Report on horse surra - Volume I
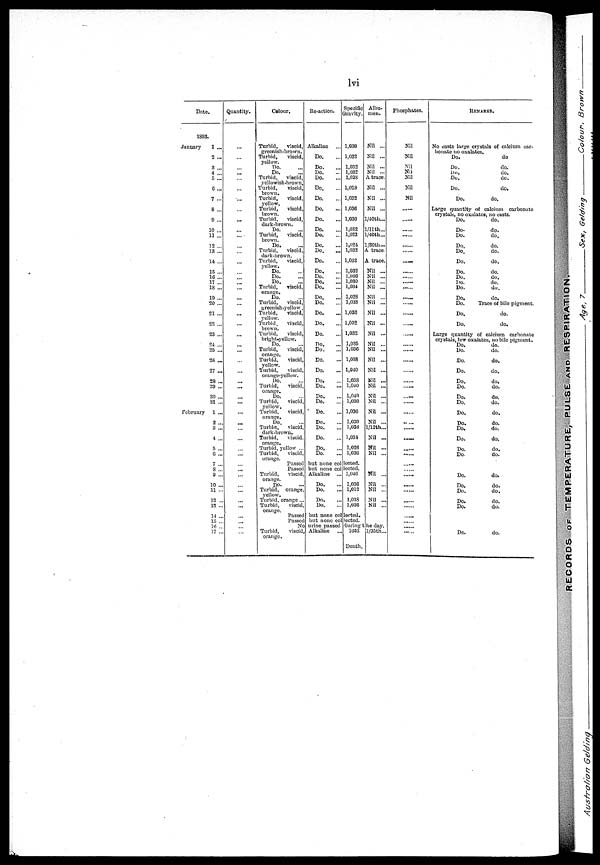
lvi
Date.
1803.
January
1 ...
2 ...
3 ...
4 ...
5 ...
6 ...
7 ...
8 ...
9 ...
10 ...
11 ...
12 ...
13 ...
14. ...
15 ...
16 ...
17 ...
18 ....
19 ...
20 ...
21 ...
22 ...
23 ...
24 ...
25 ...
28 ...
27 ...
28 ...
29 ...
30 ...
31 ...
February
1 ...
2 ...
3 ...
4 ...
5 ...
6 ...
7 ...
8 ...
9 ...
10 ...
11 ...
12 ...
13 ...
14 ...
15 ...
16 ...
17 ...
Quantity.
...
...
... ...
...
...
...
...
...
...
...
...
...
...
...
...
... ...
...
...
...
...
...
...
...
...
...
...
...
...
...
...
...
...
...
...
...
...
...
... ...
...
...
...
...
...
...
Colour,
Turbid,
viscid,
greenish-brown.
Turbid,
viscid,
yellow.
Do. ...
Do.
Turbid,
viscid,
yellowish-brown.
Turbid,
viscid,
brown.
Turbid,
viscid,
yellow.
Turbid,
viscid,
brown.
Turbid,
viscid,
dark-brown.
Do.
Turbid,
viscid,
brown.
Do.
Turbid,
viscid,
dark-brown.
Turbid,
viscid,
yellow.
Do.
Do.
Do.
Turbid,
viscid,
orange.
Do.
Turbid,
viscid,
greenish-yellow.
Turbid,
viscid,
yellow.
Turbid.
viscid,
brown.
Turbid,
viscid,
bright-yellow.
Do.
Turbid,
viscid,
orange.
Turbid,
viscid,
yellow.
Turbid,
viscid,
orange-yellow.
Do.
Turbid,
viscid,
orange.
Do.
Turbid,
viscid,
yellow.
Turbid,
viscid,
orange.
Do.
Turbid,
viscid,
dark-brown.
Turbid,
viscid.
orange.
Turbid, yellow ...
Turbid,
viscid,
orange.
Passed
Passed
Turbid,
viscid,
orange.
Do.
Turbid,
orange,
yellow.
Turbid, orange...
Turbid,
viscid,
orange.
Re-action.
Alkaline
Do.
Do.
Do.
Do.
Do.
Do.
Do.
Do.
Do.
Do.
Do.
Do.
...
Do.
Do.
Do.
Do.
...
Do.
Do.
Do.
Do.
Do.
Do.
Do.
Do.
Do.
Do.
Do.
Do.
Do.
Do.
Do.
Do.
Do.
Do.
Do,
Do.
but none col
but none col
Alkaline
...
Do.
Do.
Do.
Do.
Specific
Gravity.
1,030
1,032
1,032
1,032
1.038
1,023
1,032
1,036
1,030
1,032
1,023
1,024
1,032
1,032
1,032
1,030
1,030
1,034
1,028
1,038
1,030
1,032
1,032
1,035
1,036
1,038
1,040
1,038
1,040
1,040
1,030
1,030
1,030
1,038
1,034
1,026
1,036
lected.
leeted.
1,046
1,036
1,012
1,038
1,036
Passed but none col looted.
Passed but none collected.
Albu¬
men.
Nil ...
Nil ...
Nil ...
Nil ...
A trace.
Nil ...
Nil ...
Nil ...
l/40th...
1/11th...
l/40th...
l/30th...
A trace.
A trace.
Nil ...
Nil ...
Nil ...
Nil ...
Nil ...
Nil ...
Nil ...
Nil ...
Nil ...
Nil ...
Nil ...
Nil ...
Nil ...
Nil ...
Nil ...
Nil ...
Nil ...
Nil ...
Nil ...
l/12th...
Nil ...
Nil ...
Nil ...
Nil ...
Nil ...
Nil ...
Nil ...
Nil ...
No urine passed during the day.
Turbid,
viscid,
orange,
Alkaline
1032
Death.
l/35th...
Phosphates.
Nil
Nil
Nil
Nil
Nil
Nil
Nil
......
......
......
......
......
......
.....
......
......
......
......
......
......
......
......
......
......
......
......
......
......
.......
......
......
......
.......
......
......
......
......
......
......
......
......
......
......
......
REMARKS.
No easts large crystals of calcium car-
bonate no oxalates.
Do.
do
Do.
do.
Do.
do.
Do.
do.
Do.
do.
Do.
do.
Large quantity of calcium carbonate
crystals, no oxalates, no vasts.
Do.
do.
Do.
do.
Do.
do.
Do.
do.
Do,
do.
Do.
do.
Do.
do.
Do.
do.
Do.
do.
Do.
do.
Do,
do.
Do.
Trace of bile pigment.
Do.
do.
Do,
do.
Large quantity of calcium carbonate
crystals, few oxalates, no bile pigment.
Do.
do.
Do.
do.
Do.
do.
Do.
do.
Do.
do.
Do.
do.
Do.
do.
Do.
do.
Do.
do.
Do.
do.
Do.
do.
Do.
do.
Do.
do.
Do.
do.
Do.
do.
Do.
do.
Do.
do.
Do.
do.
Do.
do.
Do.
do.